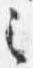
之